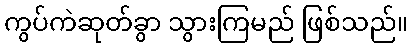
ကွပ်ကဲဆုတ်ခွာ သွားကြမည် ဖြစ်သည်။